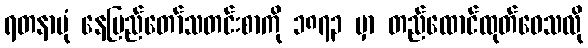
ရတနာပုံ နေပြည်တော်သတင်းစာကို ၁၈၇၃ မှာ တည်ထောင်ထုတ်ဝေသလို